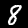
Label: 8